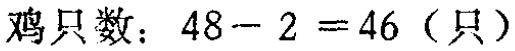
鸡只数：\(48 - 2 = 46\)（只）